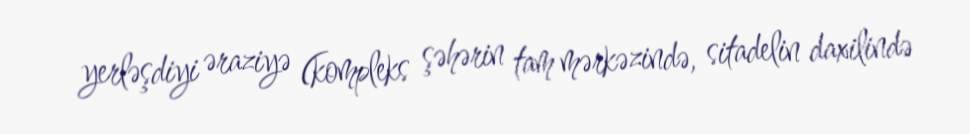
yerləşdiyi əraziyə (kompleks şəhərin tam mərkəzində, sitadelin daxilində